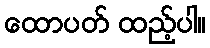
ထောပတ် ထည့်ပါ။